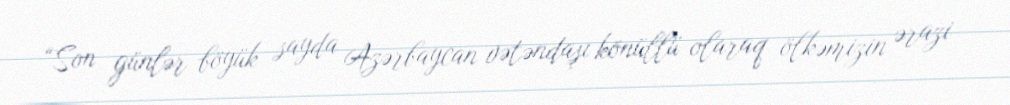
“Son günlər böyük sayda Azərbaycan vətəndaşı könüllü olaraq ölkəmizin ərazi